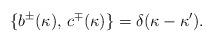
LaTeX: \begin{align*}\{b^{\pm}(\kappa),\,c^{\mp}(\kappa)\}=\delta(\kappa-\kappa').\end{align*}